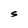
Character: S